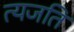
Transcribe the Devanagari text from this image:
त्यजति